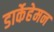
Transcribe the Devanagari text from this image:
डार्केहेमन